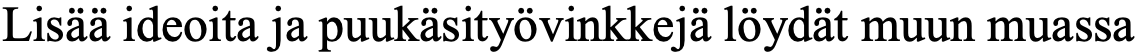
Lisää ideoita ja puukäsityövinkkejä löydät muun muassa